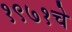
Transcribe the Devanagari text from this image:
१९७१चे